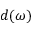
d ( \omega )